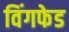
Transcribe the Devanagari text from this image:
विंगफेड